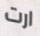
ارت